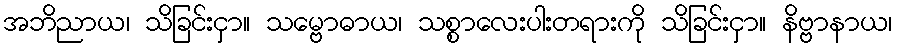
အဘိညာယ၊ သိခြင်းငှာ။ သမ္ဗောဓာယ၊ သစ္စာလေးပါးတရားကို သိခြင်းငှာ။ နိဗ္ဗာနာယ၊